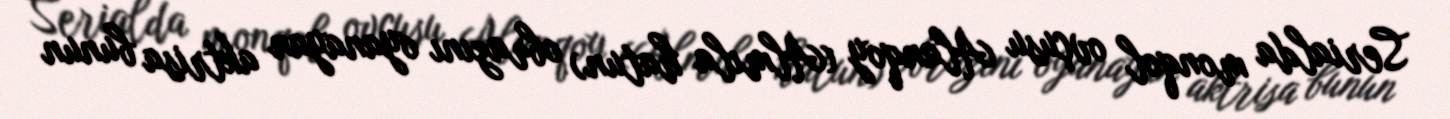
Serialda monqol ovçusu Alanqoy (Almıla hatun) obrazını oyanayan aktrisa bunun